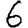
Digit: 6